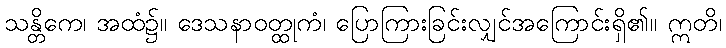
သန္တိကေ၊ အထံ၌။ ဒေသနာဝတ္ထုကံ၊ ပြောကြားခြင်းလျှင်အကြောင်းရှိ၏။ ဣတိ၊